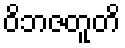
ဝိဘဇတူတိ